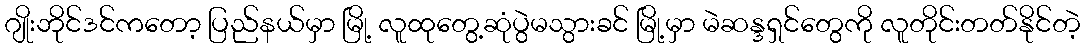
ဂျိုးဘိုင်ဒင်ကတော့ ပြည်နယ်မှာ မြို့ လူထုတွေ့ဆုံပွဲမသွားခင် မြို့မှာ မဲဆန္ဒရှင်တွေကို လူတိုင်းတတ်နိုင်တဲ့